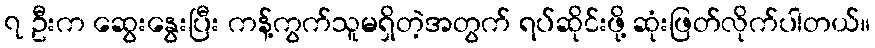
၇ ဦးက ဆွေးနွေးပြီး ကန့်ကွက်သူမရှိတဲ့အတွက် ရပ်ဆိုင်းဖို့ ဆုံးဖြတ်လိုက်ပါတယ်။